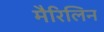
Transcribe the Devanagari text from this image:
मैरिलिन